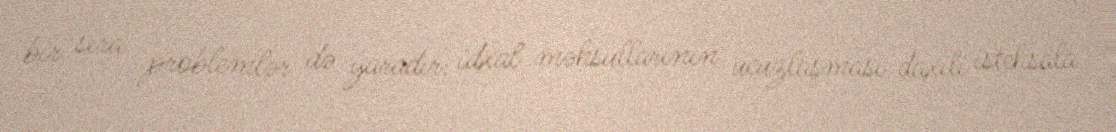
bir sıra problemlər də yaradır: idxal məhsullarının ucuzlaşması daxili istehsala